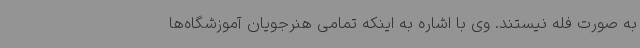
به صورت فله نیستند. وی با اشاره به اینکه تمامی هنرجویان آموزشگاه‌ها